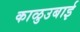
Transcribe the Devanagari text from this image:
काळुउबाई